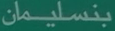
بنسلیمان